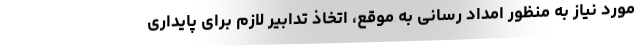
مورد نیاز به منظور امداد رسانی به موقع، اتخاذ تدابیر لازم برای پایداری